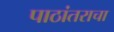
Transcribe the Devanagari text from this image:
पाठांतराचा